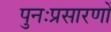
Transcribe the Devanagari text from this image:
पुनःप्रसारणों